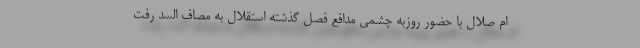
ام صلال با حضور روزبه چشمی مدافع فصل گذشته استقلال به مصاف السد رفت